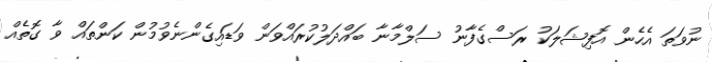
ނުވަތަ އެހެން އޮފިޝަލަކު ރަސްގެފާނު ސަލްމާނާ ބައްދަލުކުރައްވަން ވަޑައިގެންނެވުމުން ކަންތައް ވާ ގޮތެއް